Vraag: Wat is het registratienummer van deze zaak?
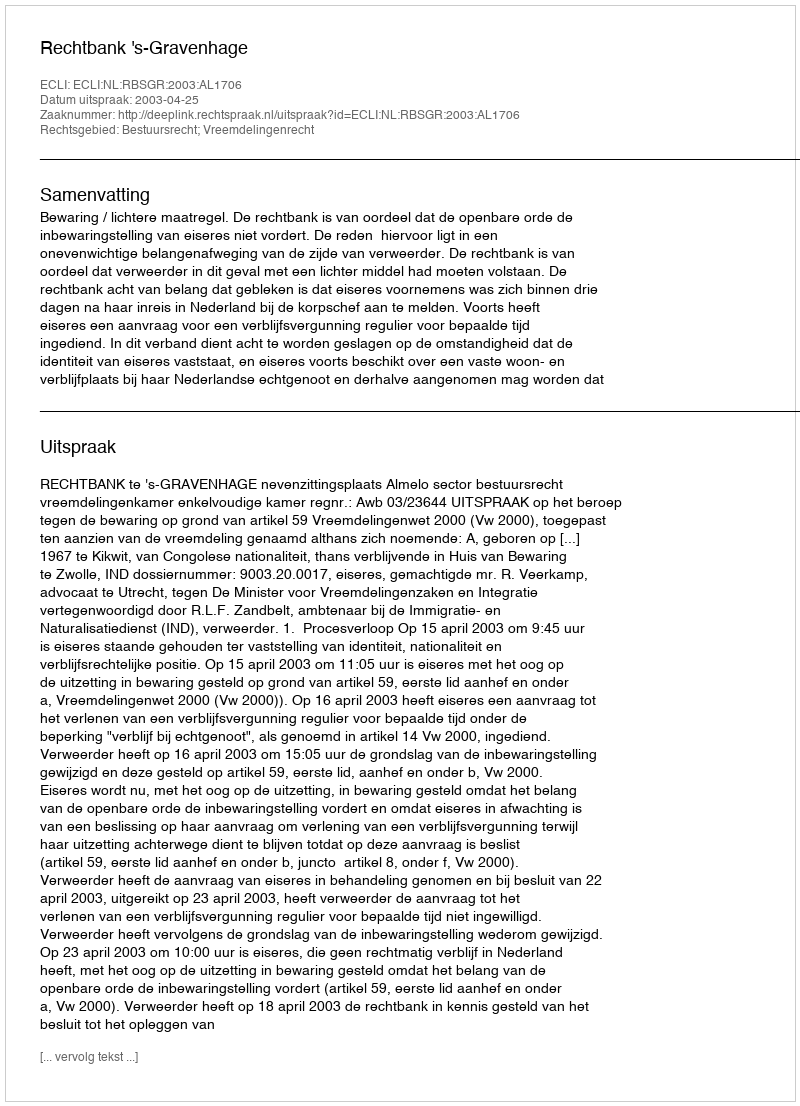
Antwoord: http://deeplink.rechtspraak.nl/uitspraak?id=ECLI:NL:RBSGR:2003:AL1706